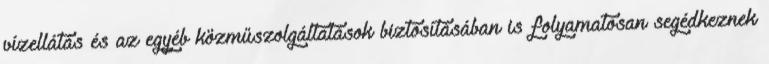
vízellátás és az egyéb közműszolgáltatások biztosításában is folyamatosan segédkeznek